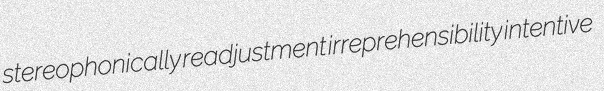
stereophonically readjustment irreprehensibility intentive